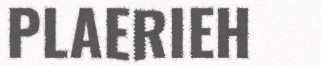
PLAERIEH